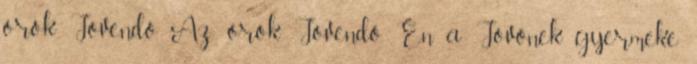
örök Jövendő. Az örök Jövendő. Én a Jövőnek gyermeke